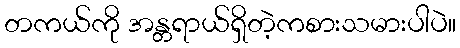
တကယ်ကို အန္တရာယ်ရှိတဲ့ကစားသမားပါပဲ။